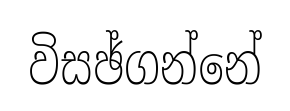
විසඡ්ගන්නේ